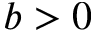
b > 0